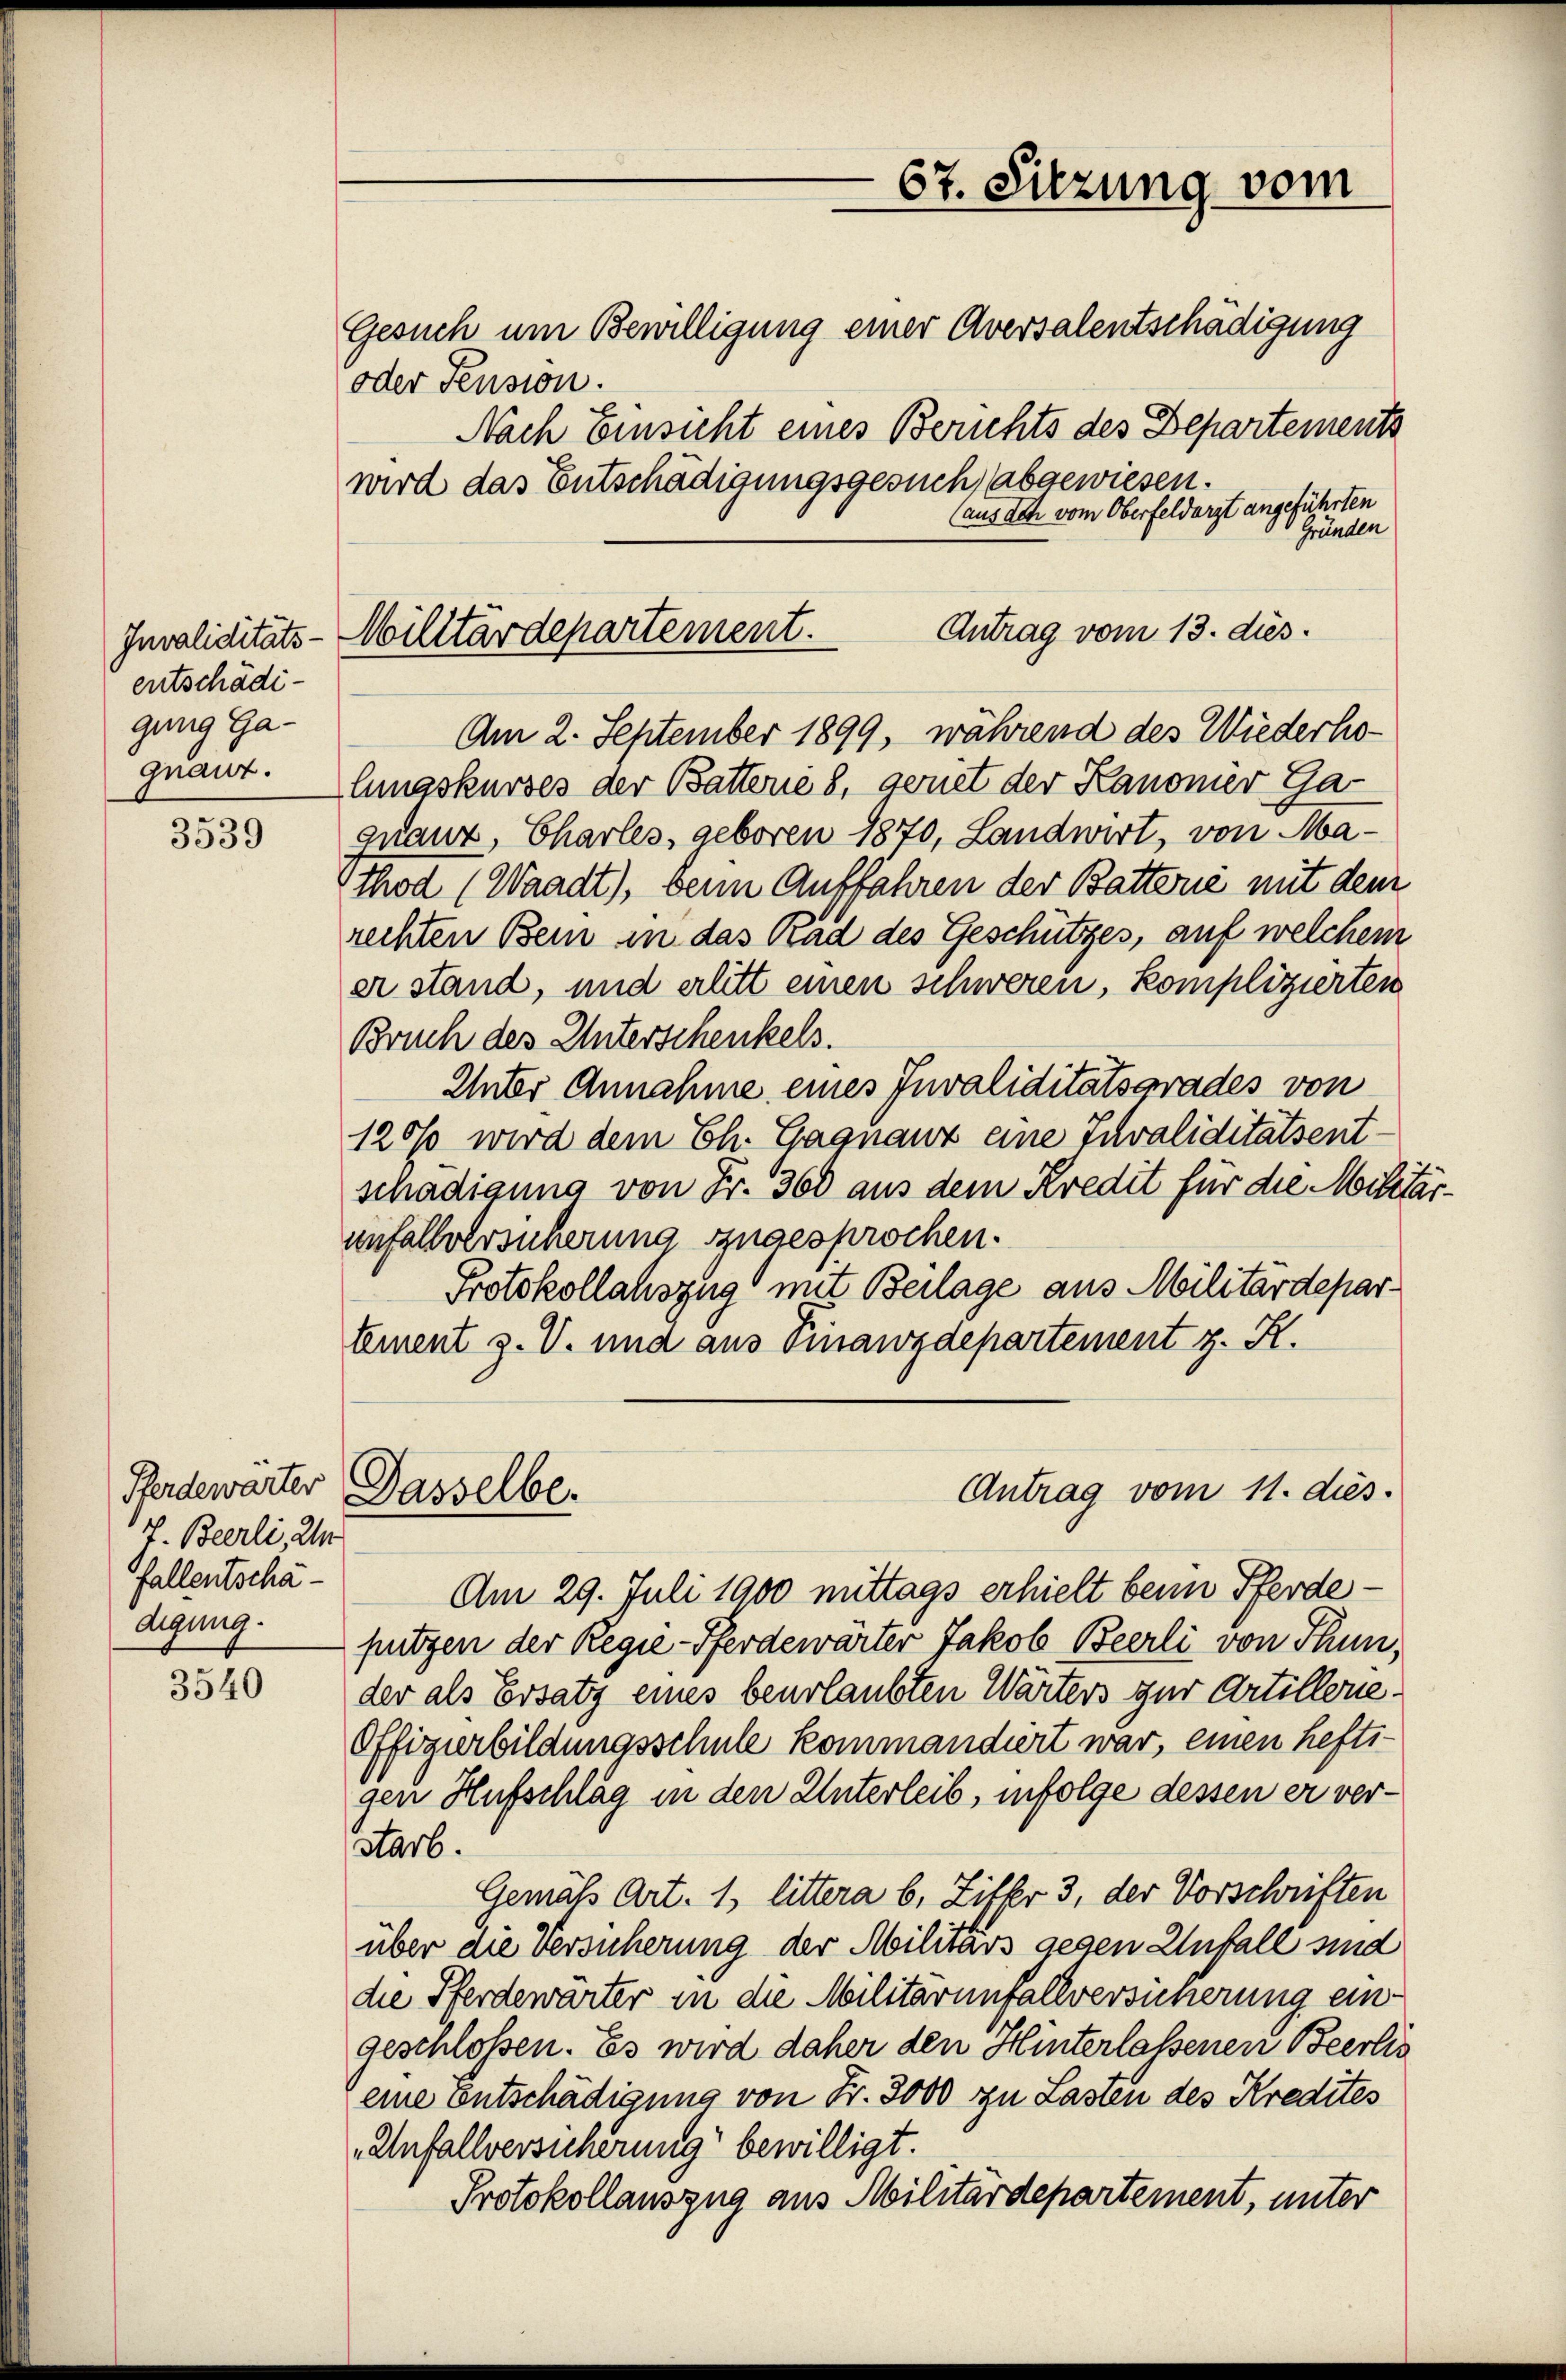
entschädigung Ga-
gnaut.

3539

v Beerli, d
fallentschädigung.

3540

Antrag vom 13. dies
Invaliditäts-Militärdepartement.
Am 2. September 1899, während des Wiederho¬

Gesuch um Bewilligung einer Aversalentschädigung
oder Pension.
wird das Entschädigungsgesuch, abgewiesen.
(aus den vom Oberfeldarzt angeführten
Gründen
lungskurses der Battene 8, genet der Kanoner Ga
quauz, Charles, geboren 1870, Landwirt, von Mathod (Waadt), beim Auffahren der Batterie mit dem
rechten Bein in das Rad des Geschützes, auf welchem
er stand, und erlitt einen schweren, komplizierten
Bruch des Unterschenkels.
Inter Annahme eines Invaliditätsgrades von
120% wird dem Ch. Gagnauz eine Tuvaliditätsentschädigung von Fr. 360 aus dem Kredit für die Miter
unfallversicherung zugesprochen.
Protokollauszug mit Beilage aus Militärdepartement z. V. und aus Finanzdepartement z. K.
Perdewarter Dasselbe.
Antrag vom 11. dies
Am 29. Juli 1900 mittags erhielt beim Pferdeputzen der Regie-Pferdewärter Jakob Beerli von Thun,
der als Ersatz eines beurlaubten Wärters zur Artillerie¬
Offizierbildungsschule kommandiert war, einen heftigen Hufschlag in den Unterleib, infolge dessen er verstarb.
Gemäß Art. 1, littera b, Ziffer 3, der Vorschriften
über die Versucherung der Militärs gegen Unfall sind
die Pferdewärter in die Militärunfallversicherung eingeschlossen. Es wird daher den Hinterlassenen Beerlis
eine Entschädigung von Fr. 3000 zu Lasten des Kredites
Unfallversicherung bewilligt.
Protokollauszug aus Militärdepartement, unter

67. Sitzung vom
Nach Einsicht eines Berichts des Departements